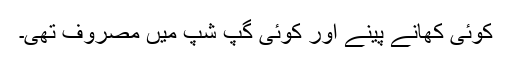
کوئی کھانے پینے اور کوئی گپ شپ میں مصروف تھی۔